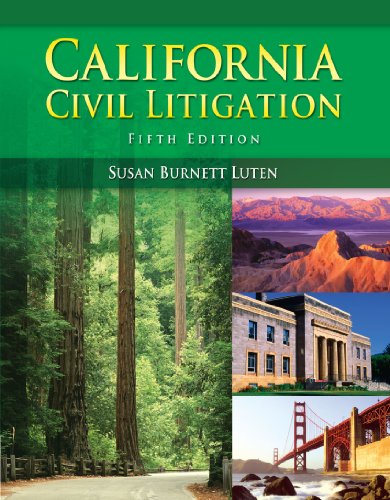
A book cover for California Civil Litigation; Susan Burnett Luten; Law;